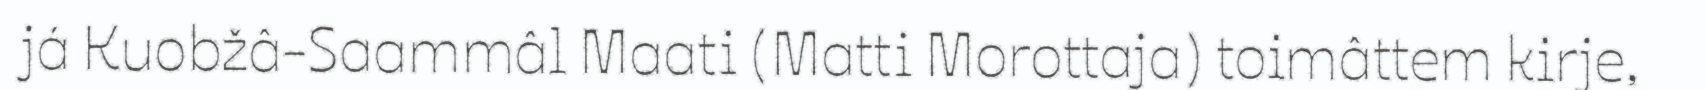
já Kuobžâ-Saammâl Maati (Matti Morottaja) toimâttem kirje,